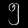
Digit: ၅